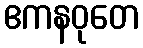
ဧကနဝုတေ